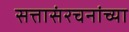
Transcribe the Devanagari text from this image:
सत्तासंरचनांच्या